Vaccination in Bombay 1913-1923 - 1913-1923
Year: 1913
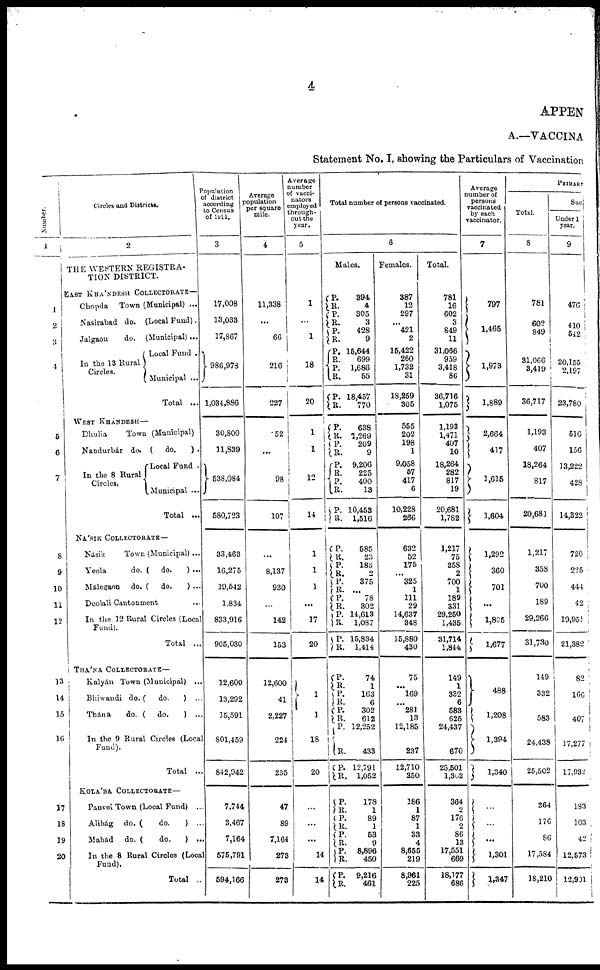
4
APPEN
A.—VACCINA
Statement No. I, showing the Particulars of Vaccination
Number.
1
1
2
3
4
5
6
7
8
9
10
11
12
13
14
15
16
17
18
19
20
Circles and Districts.
2
THE WESTERN REGISTRA-
TION DISTRICT.
EAST KHÁNDESH COLLECTORATE—
Chopda
Town (Municipal) ...
Nasirabad do. (Local Fund).
Jalgaon
do.
(Municipal)...
In the 13 Rural
Circles.
Local Fund .
Municipal ...
Total ...
WEST KHÁNDESH—
Dhulia
Town (Municipal)
Nandurbár do. (do.
) .
In the 8 Rural
Circles.
Local Fund .
Municipal ...
Total ...
NÁSIK COLLECTORATE—
Násik
Town (Municipal) ...
Yeola
do. (
do.
) ...
Málegaon
do. (
do.
) ...
Deolali Cantonment ...
In the 12 Rural Circles (Local
Fund).
Total ...
THÁNA COLLECTORATE—
Kalyán Town (Municipal)
...
Bhiwandi do. (
do.
) ...
Thána
do. (
do.
) ...
In the 9 Rural Circles (Local
Fund).
Total
...
KOLÁBA COLLECTORATE—
Panvel Town (Local Fund)
...
Alibág
do. (
do.
) ...
Mahád
do. (
do.
) ...
In the 8 Rural Circles (Local
Fund).
Total ..
Population
of district
according
to Census
of 1911.
3
17,008
13,033
17,867
986,978
1,034,886
30,800
11,839
538,084
580,723
33,463
16,275
19,542
1,834
833,916
905,030
12,600
13,292
15,591
801,459
842,942
7,744
3,467
7,164
575,791
594,166
Average
population
per square
mile.
4
11,338
...
66
216
227
52
...
98
107
...
8,137
930
...
142
153
12,600
41
2,227
224
235
47
89
7,164
273
273
Average
number
of Vacci-
nators
employed
through-
out the
year.
5
1
...
1
18
20
1
1
12
14
1
1
1
...
17
20
1
1
18
20
...
...
...
14
14
Total number of persons vaccinated.
6
Males.
P.
R. P.
R.
P.
R.
P.
R.
P.
R.
P.
R.
P.
R.
P.
R.
P.
R.
P.
R.
P.
R.
P.
R.
P.
R.
P.
R.
P.
R.
P.
R.
P.
P.
P.
R.
P.
R.
P.
R.
P.
R.
P.
R.
394
4
305
3
428
9
15,644
699
1,686
55
18,457
770
638
1,269
209
9
9,206
225
400
13
10,453
1,516
585
23
183
2
375
...
78
302
14,613
1,087
15,834
1,414
74
1
163
6
302
612
12,252
433
12,791
1,052
P.
R.
P.
R.
P.
R.
P.
R.
P.
R.
178
1
89
1
53
9
8,896
450
9,216
461
Females.
387
12
297
...
421
2
15,422
260
1,732
31
18,259
305
555
202
198
1
9,058
57
417
6
10,228
266
632
52
175
...
325
1
111
29
14,637
348
15,880
430
75
...
169
...
281
13
12,185
237
12,710
250
186
1
87
1
33
4
8,655
219
8,961
225
Total.
781
16
602
3
849
11
31,066
959
3,418
86
36,716
1,075
1,193
1,471
407
10
18,264
282
817
19
20,681
1,782
1,217
75
358
2
700
1
189
331
29,250
1,435
31,714
1,844
149
1
332
6
583
625
24,437
670
25,501
1,302
364
2
176
2
86
13
17,551
669
18,177
686
Average
number of
persons
vaccinated
by each
vaccinator.
7
797
1,465
1,973
1,889
2,664
417
1,615
1,604
1,292
360
701
...
1,805
1,677
488
1,208
1,394
1,340
...
...
...
1,301
1,347
PRIMARY
Total.
8
781
602
849
31,066
3,419
36,717
1,193
407
18,264
817
20,681
1,217
358
700
189
29,266
31,730
149
332
583
24,438
25,502
364
176
86
17,584
18,210
Suc
Under 1
year.
9
476
410
542
20,155
2,197
23,780
516
156
13,222
428
14,322
720
225
444
42
19,951
21,382
82
166
407
17,277
17,932
183
103
42
12,573
12,901